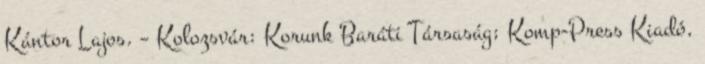
Kántor Lajos. – Kolozsvár: Korunk Baráti Társaság; Komp-Press Kiadó,